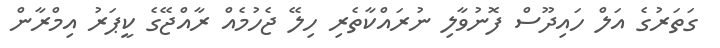
ގަތަރުގެ އަލް ހައިދޫސް ފޮނުވާލި ނުރައްކާތެރި ހިލޭ ޖެހުމެއް ރާއްޖޭގެ ކީޕަރު އިމްރާން